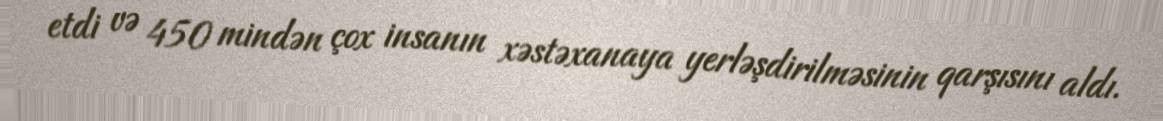
etdi və 450 mindən çox insanın xəstəxanaya yerləşdirilməsinin qarşısını aldı.